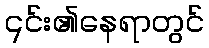
၎င်း၏နေရာတွင်